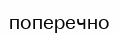
поперечно